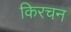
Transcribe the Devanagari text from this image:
किरचन